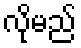
လိုမည်